Leaving Certificate Examination (including Day School Certificate (Higher) General paper), 1936
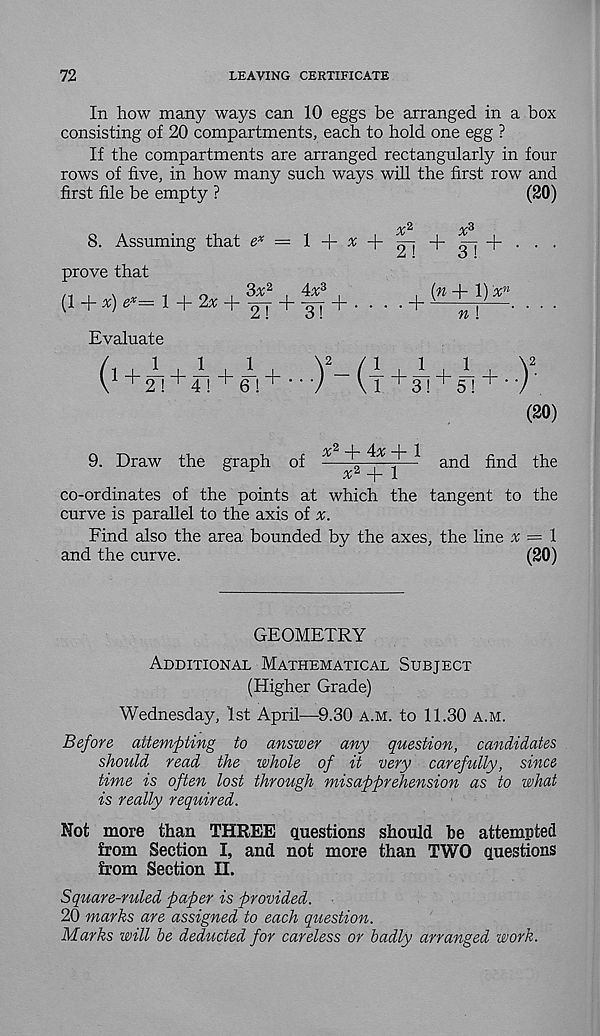
72
LEAVING CERTIFICATE
In how many ways can 10 eggs be arranged in a box
consisting of 20 compartments, each to hold one egg ?
If the compartments are arranged rectangularly in four
rows of five, in how many such ways will the first row and
first file be empty ?
(20)
2
x 3
8. Assuming that e* = 1 + 3: +
+ 0-7 -f
prove that
/1 , 1
0
3x 2
4x 3
(n+ 1) x n
(1 + *)
1 + 2* +
+ -gy + . . . . + v
'
n
Evaluate
( 1+ 2l + r! + 6d + ---)
+ A
9. Draw the graph of
^
^ and find the
co-ordinates of the points at which the tangent to the
curve is parallel to the axis of x.
Find also the area bounded by the axes, the line x
and the curve.
(20)
GEOMETRY
Additional Mathematical Subject
(Higher Grade)
Wednesday, 1st April—9.30 a.m. to 11.30 a.m.
Before attempting to answer any question, candidates
should read the whole of it very carefully, since
time is often lost through misapprehension as to what
is really required.
Not more than THREE questions should be attempted
from Section I, and not more than TWO questions
from Section II.
Square-ruled paper is provided.
20 marks are assigned to each question.
Marks will be deducted for careless or badly arranged work.